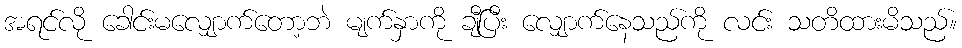
အရင်လို ခေါင်းမလျှောက်တော့ဘဲ မျက်နှာကို ချီပြီး လျှောက်နေသည်ကို လင်း သတိထားမိသည်။